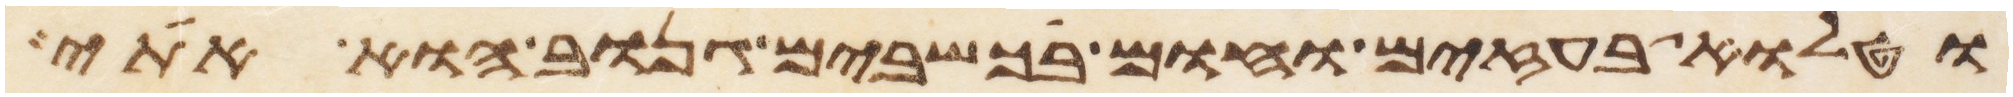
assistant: וטלוא בעזים וחום בכשבים גנוב הוא אתי